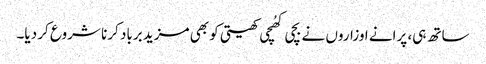
ساتھ ہی، پرانے اوزاروں نے بچی کھُچی کھیتی کو بھی مزید برباد کرنا شروع کر دیا۔